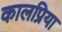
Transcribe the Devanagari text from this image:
कालप्रिया